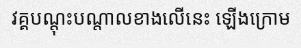
វគ្គបណ្តុះបណ្តាលខាងលើនេះ ឡើងក្រោម